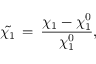
\tilde { \chi _ { 1 } } \, = \, \frac { \chi _ { 1 } - \chi _ { 1 } ^ { 0 } } { \chi _ { 1 } ^ { 0 } } ,